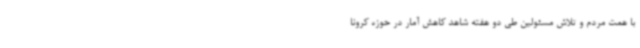
با همت مردم و تلاش مسئولین طی دو هفته شاهد کاهش آمار در حوزه کرونا